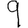
Digit: 9